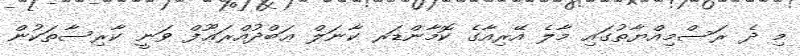
މި ދެ ރަސްމިއްޔާތުގައި މާލެ އޭރިއާގެ ކޮމާންޑަރ ކާނަލް ޢަބްދުއްރަޢޫފް ވަނީ ކާރިސާތަކުން